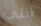
أنني